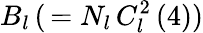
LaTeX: B_{l}\, (\, =N_{l}\, C_{l}^{2}\left(4\right))